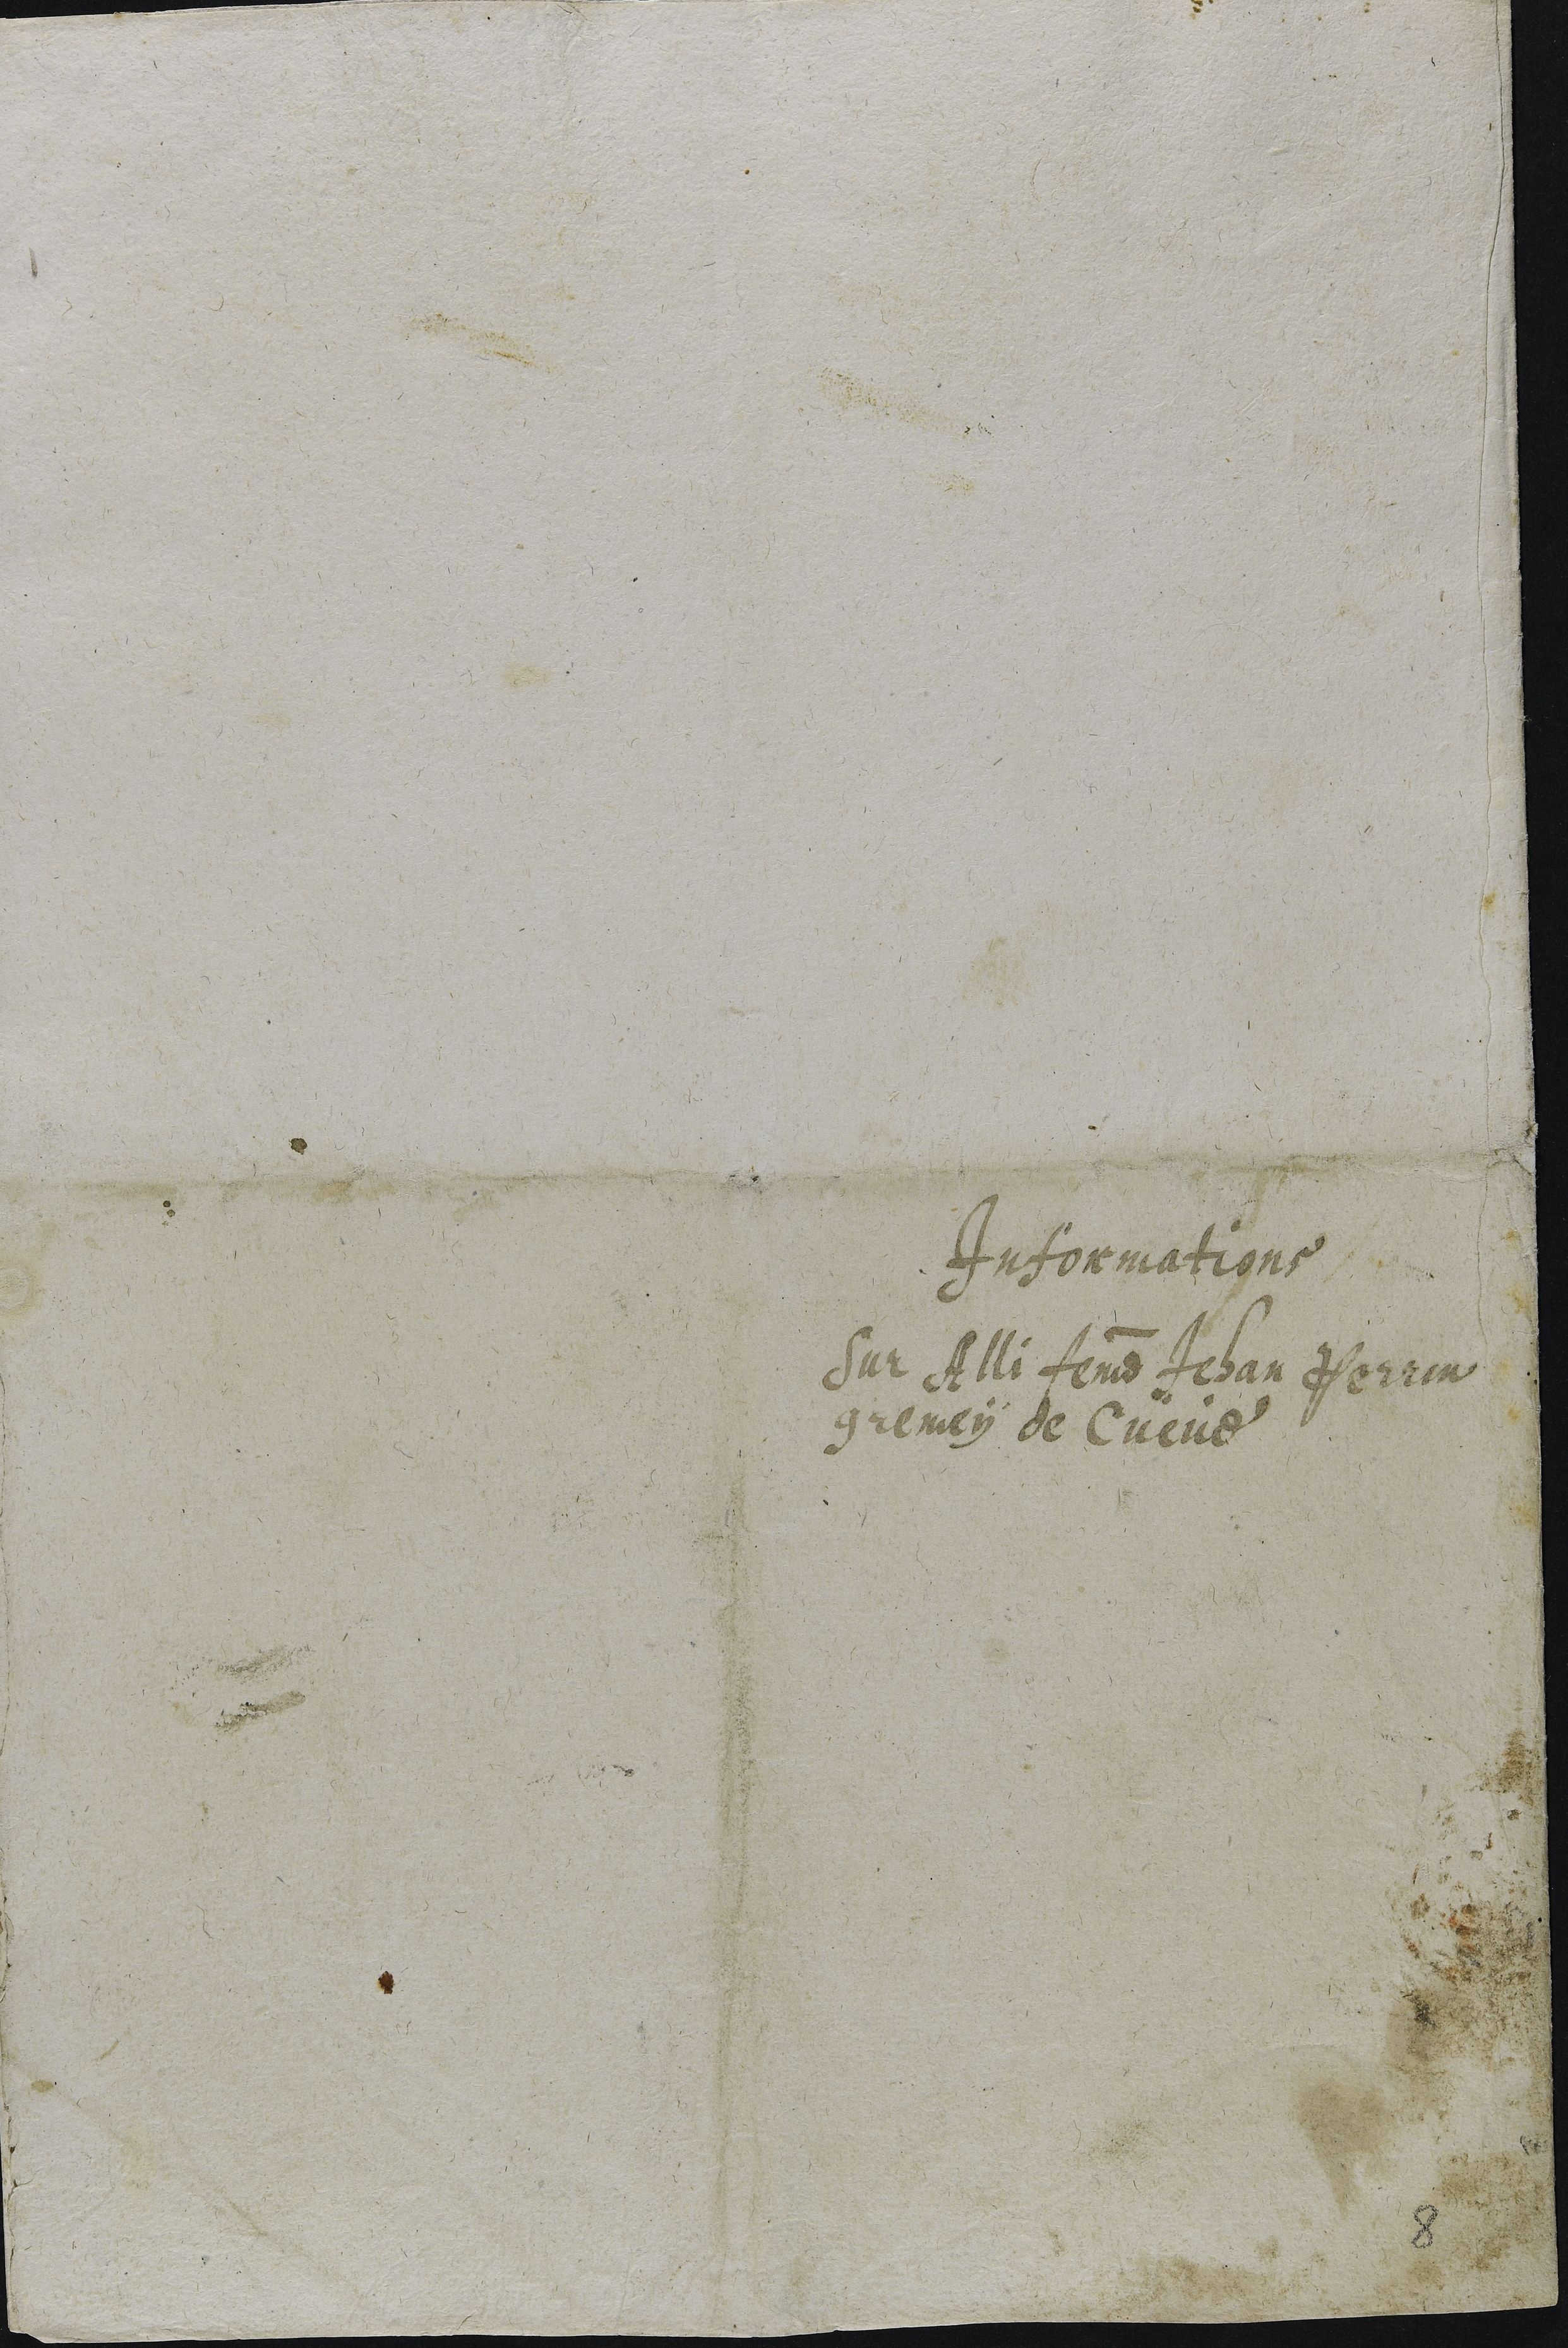
Informations
Sur Alli femme Jehan Perrin
gremey de Cueve

8